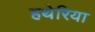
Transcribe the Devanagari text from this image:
हथेरिया